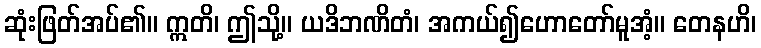
ဆုံးဖြတ်အပ်၏။ ဣတိ၊ ဤသို့။ ယဒိဘဏိတံ၊ အကယ်၍ဟောတော်မူအံ့။ တေနဟိ၊